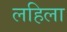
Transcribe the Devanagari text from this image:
लहिला